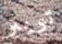
تويتر